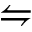
\leftrightharpoons